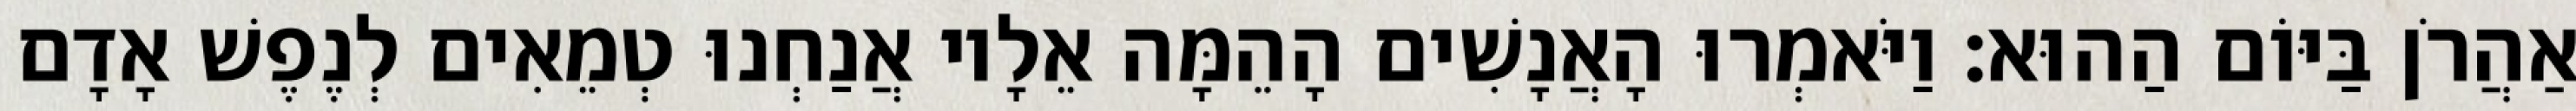
אַהֲרֹן בַּיּוֹם הַהוּא׃ וַיֹּאמְרוּ הָאֲנָשִׁים הָהֵמָּה אֵלָיו אֲנַחְנוּ טְמֵאִים לְנֶפֶשׁ אָדָם